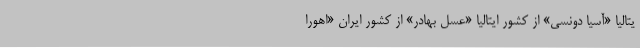
یتالیا «آسیا دونسی» از کشور ایتالیا «عسل بهادر» از کشور ایران «اهورا